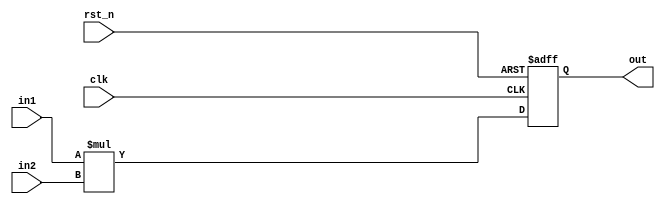
module multiplier8bit(
	input clk ,
	input rst_n ,
	
	input signed [7:0] in1 ,
	input signed [7:0] in2 ,
	
	output signed [14:0] out 
	
);

	reg signed [15:0] out16bit ;

	assign out = out16bit[14:0] ;

	always@(posedge clk or negedge rst_n)
	begin
		if(!rst_n)
			out16bit <= 16'h0000 ;
		else
			out16bit <= in1 * in2 ;
	end

endmodule